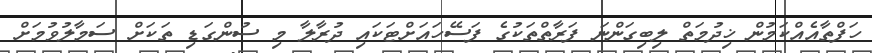
ހަފްތާއެއްކަމުން ޚިދުމަތް ލިބިގަންނަ ފަރާތްތަކުގެ ފަސޭހައަށްޓަކައި ދުރާލާ މި ސުންގަޑި ތަކަށް ސަމާލުވުމަށް